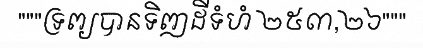
"""ទ្រព្យបានទិញដីទំហំ ២៥៣,២៦"""